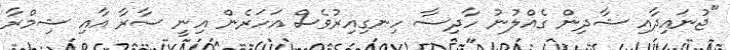
"ޖުނައިދާއި ޝާދިން ގެއްލުނު ހާދިސާ ހިނގިއިރުވެސް އަހަރެން އިނީ ސާރާ އާއި ޝިމްރާ